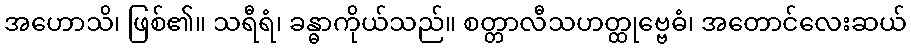
အဟောသိ၊ ဖြစ်၏။ သရီရံ၊ ခန္ဓာကိုယ်သည်။ စတ္တာလီသဟတ္ထုဗ္ဗေဓံ၊ အတောင်လေးဆယ်